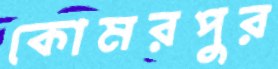
কোমরপুর